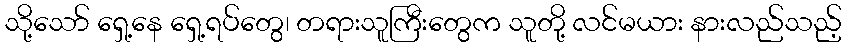
သို့သော် ရှေ့နေ ရှေ့ရပ်တွေ၊ တရားသူကြီးတွေက သူတို့ လင်မယား နားလည်သည့်